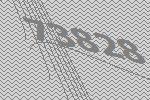
73828